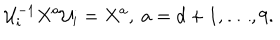
LaTeX: { \cal U } _ { i } ^ { - 1 } X ^ { a } { \cal U } _ { i } = X ^ { a } , ~ a = d + 1 , \ldots , 9 .